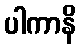
ပါကာနိ